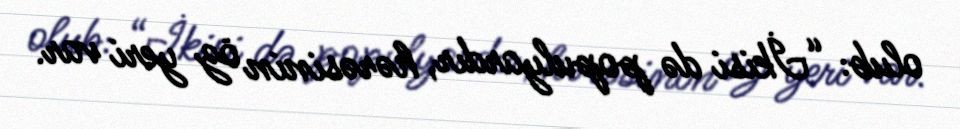
olub: “İkisi də populyardır, hərəsinin öz yeri var.